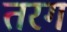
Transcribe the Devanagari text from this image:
तरग